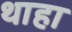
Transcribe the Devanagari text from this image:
थाहा